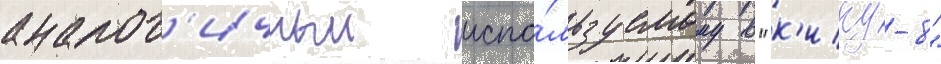
аналог'ичныи испо́льзуемому в "к'ику-8"